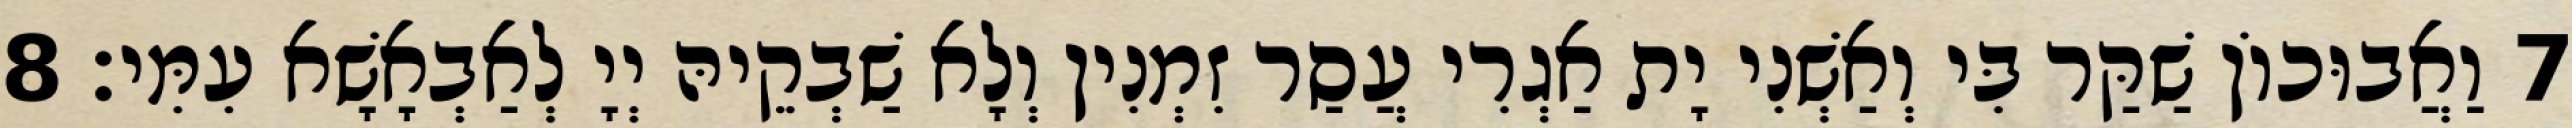
7 וַאֲבוּכוֹן שַׁקַּר בִּי וְאַשְׁנִי יָת אַגְרִי עֲסַר זִמְנִין וְלָא שַׁבְקֵיהּ יְיָ לְאַבְאָשָׁא עִמִּי׃ 8